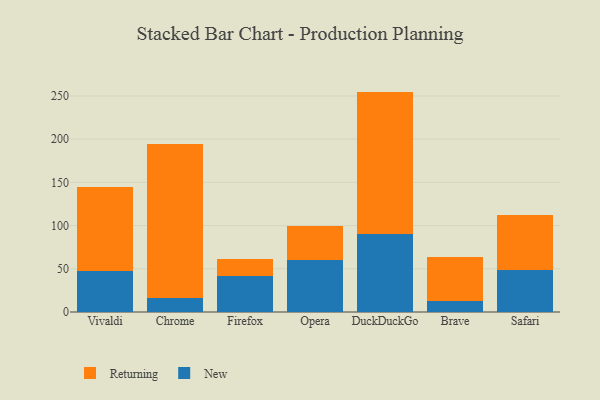
{"axis": {"x": "Browser", "y": "Population (Million)"}, "legend": ["New", "Returning"], "data": [{"x": "Vivaldi", "y": 47.8, "type": "New"}, {"x": "Vivaldi", "y": 97.0, "type": "Returning"}, {"x": "Chrome", "y": 16.6, "type": "New"}, {"x": "Chrome", "y": 178.2, "type": "Returning"}, {"x": "Firefox", "y": 41.9, "type": "New"}, {"x": "Firefox", "y": 19.4, "type": "Returning"}, {"x": "Opera", "y": 59.8, "type": "New"}, {"x": "Opera", "y": 39.4, "type": "Returning"}, {"x": "DuckDuckGo", "y": 90.0, "type": "New"}, {"x": "DuckDuckGo", "y": 165.0, "type": "Returning"}, {"x": "Brave", "y": 13.0, "type": "New"}, {"x": "Brave", "y": 50.5, "type": "Returning"}, {"x": "Safari", "y": 48.7, "type": "New"}, {"x": "Safari", "y": 63.8, "type": "Returning"}]}